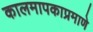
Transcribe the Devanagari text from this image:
कालमापकाप्रमाणे